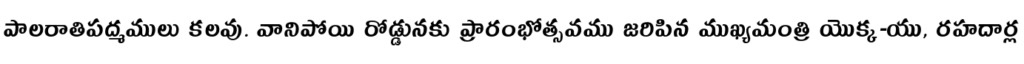
పాలరాతిపద్మములు కలవు. వానిపోయి రోడ్డునకు ప్రారంభోత్సవము జరిపిన ముఖ్యమంత్రి యొక్క-యు, రహదార్ల